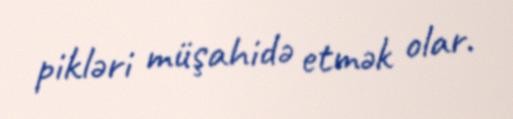
pikləri müşahidə etmək olar.